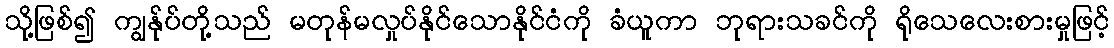
သို့ဖြစ်၍ ကျွန်ုပ်တို့သည် မတုန်မလှုပ်နိုင်သောနိုင်ငံကို ခံယူကာ ဘုရားသခင်ကို ရိုသေလေးစားမှုဖြင့်